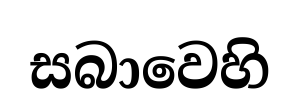
සබාවෙහි